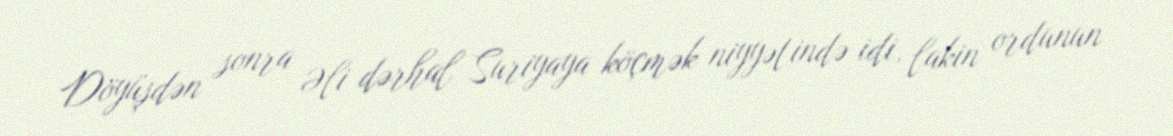
Döyüşdən sonra Əli dərhal Suriyaya köçmək niyyətində idi, lakin ordunun